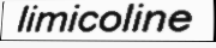
limicoline